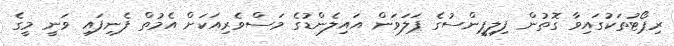
ރިޕޯޓުތަކުގައިވާ ގޮތުން ފިލިޕީންސުގެ ޕަލަވަން އައިލެންޑުގެ މަސްވެރިއަކަށް އެމުތް ފެނިފައި ވަނީ މީގެ